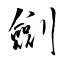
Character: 劍